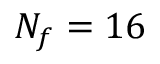
N _ { f } = 1 6